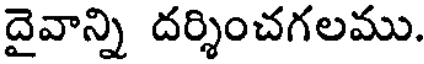
దైవాన్ని దర్శించగలము.